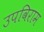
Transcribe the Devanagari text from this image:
उपविराम